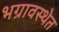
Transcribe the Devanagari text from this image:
भग्रावस्थेत